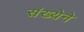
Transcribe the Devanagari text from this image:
संख्‍येने